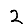
Digit: 2